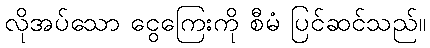
လိုအပ်သော ငွေကြေးကို စီမံ ပြင်ဆင်သည်။